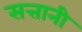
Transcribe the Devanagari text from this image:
सत्तानी